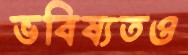
ভবিষ্যতও